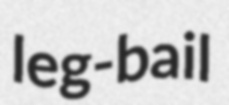
leg-bail